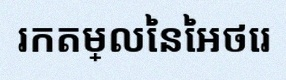
រកតម្លៃនៃអថេរ